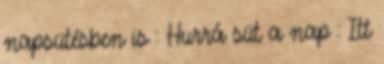
napsütésben is : Hurrá süt a nap : Itt